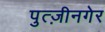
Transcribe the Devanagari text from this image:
पुत्ज़ीनगेर